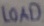
Text: LOAD